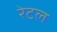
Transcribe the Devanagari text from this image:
रेटल